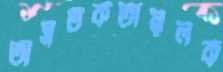
অসতর্কতামূলক